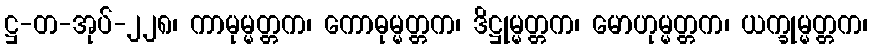
ဋ္ဌ-တ-အုပ်-၂၂၈၊ ကာမုမ္မတ္တက၊ ကောဓုမ္မတ္တက၊ ဒိဋ္ဌုမ္မတ္တက၊ မောဟုမ္မတ္တက၊ ယက္ခုမ္မတ္တက၊